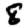
Digit: 8